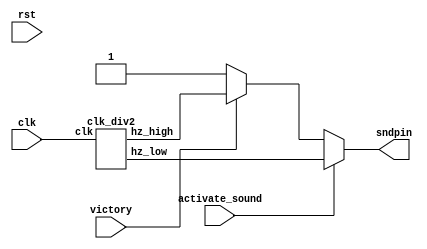
`timescale 1ns / 1ps
//////////////////////////////////////////////////////////////////////////////////
// Company: 
// Engineer: 
// 
// Design Name: 
// Module Name:    speaker 
// Project Name: 
// Target Devices: 
// Tool versions: 
// Description: 
//
// Dependencies: 
//
// Revision: 
// Revision 0.01 - File Created
// Additional Comments: 
//
//////////////////////////////////////////////////////////////////////////////////
module speaker(clk, rst, activate_sound, victory, sndpin);
input clk;
input rst;
input activate_sound;
input victory;
output reg sndpin;

wire clk_low, clk_high, clk_choice;

clk_div2 dividers(.clk(clk), .hz_low(clk_low), .hz_high(clk_high));
always @(*) begin
	if (activate_sound)
		sndpin <= clk_low;
	else if(victory)
		sndpin <= clk_high;
	else
		sndpin <= 1;
end

endmodule

//producing high and low freq
module clk_div2(clk, rst, hz_low, hz_high);
	input clk;
	input rst;
	output reg hz_low, hz_high;
	
	reg [31:0] count_low;
	reg [31:0] count_high;

//low freq
	always @(posedge clk or posedge rst) begin
		if(rst) begin
			count_low <= 32'b0;
			hz_low <= 0;
		end
		
		else if (count_low == 24999999) begin 
			count_low <= 32'b0;
			hz_low <= ~ count_low;
		end
		else
			count_low <= count_low + 32'b1;
	end
//high freq
	always @(posedge clk or posedge rst) begin
		if(rst) begin
			count_high <= 32'b0;
			hz_high <= 0;
		end
		else if (count_high == 1999) begin 
			count_high <= 32'b0;
			hz_high <= ~ hz_high;
		end
		else
			count_high <= count_high + 32'b1;
	end
endmodule